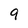
Character: 9